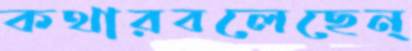
কথারবলেছেন্